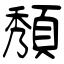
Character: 頺